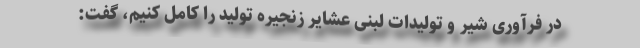
در فرآوری شیر و تولیدات لبنی عشایر زنجیره تولید را کامل کنیم، گفت: